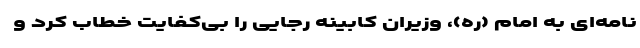
نامه‌ای به امام (ره)، وزیران کابینه رجایی را بی‌کفایت خطاب کرد و